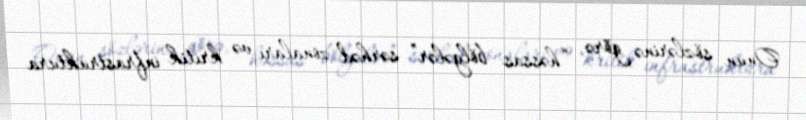
Onun sözlərinə görə, “həssas bölgələr” sərhəd zonaları və kritik infrastruktura